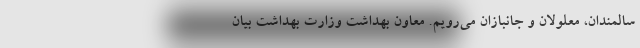
سالمندان، معلولان و جانبازان می‌رویم. معاون بهداشت وزارت بهداشت بیان